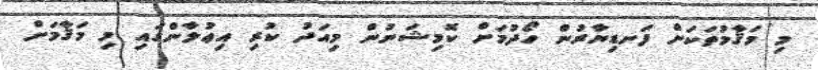
މި މަޤާމުތަކަށް ފަނޑިޔާރުން ހޯދުމަށް ކޮމިޝަނުން މިއަދު ކުރި އިޢުލާންގައި މި މަޤާމަށް